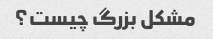
مشکل بزرگ چیست؟